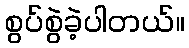
စွပ်စွဲခဲ့ပါတယ်။